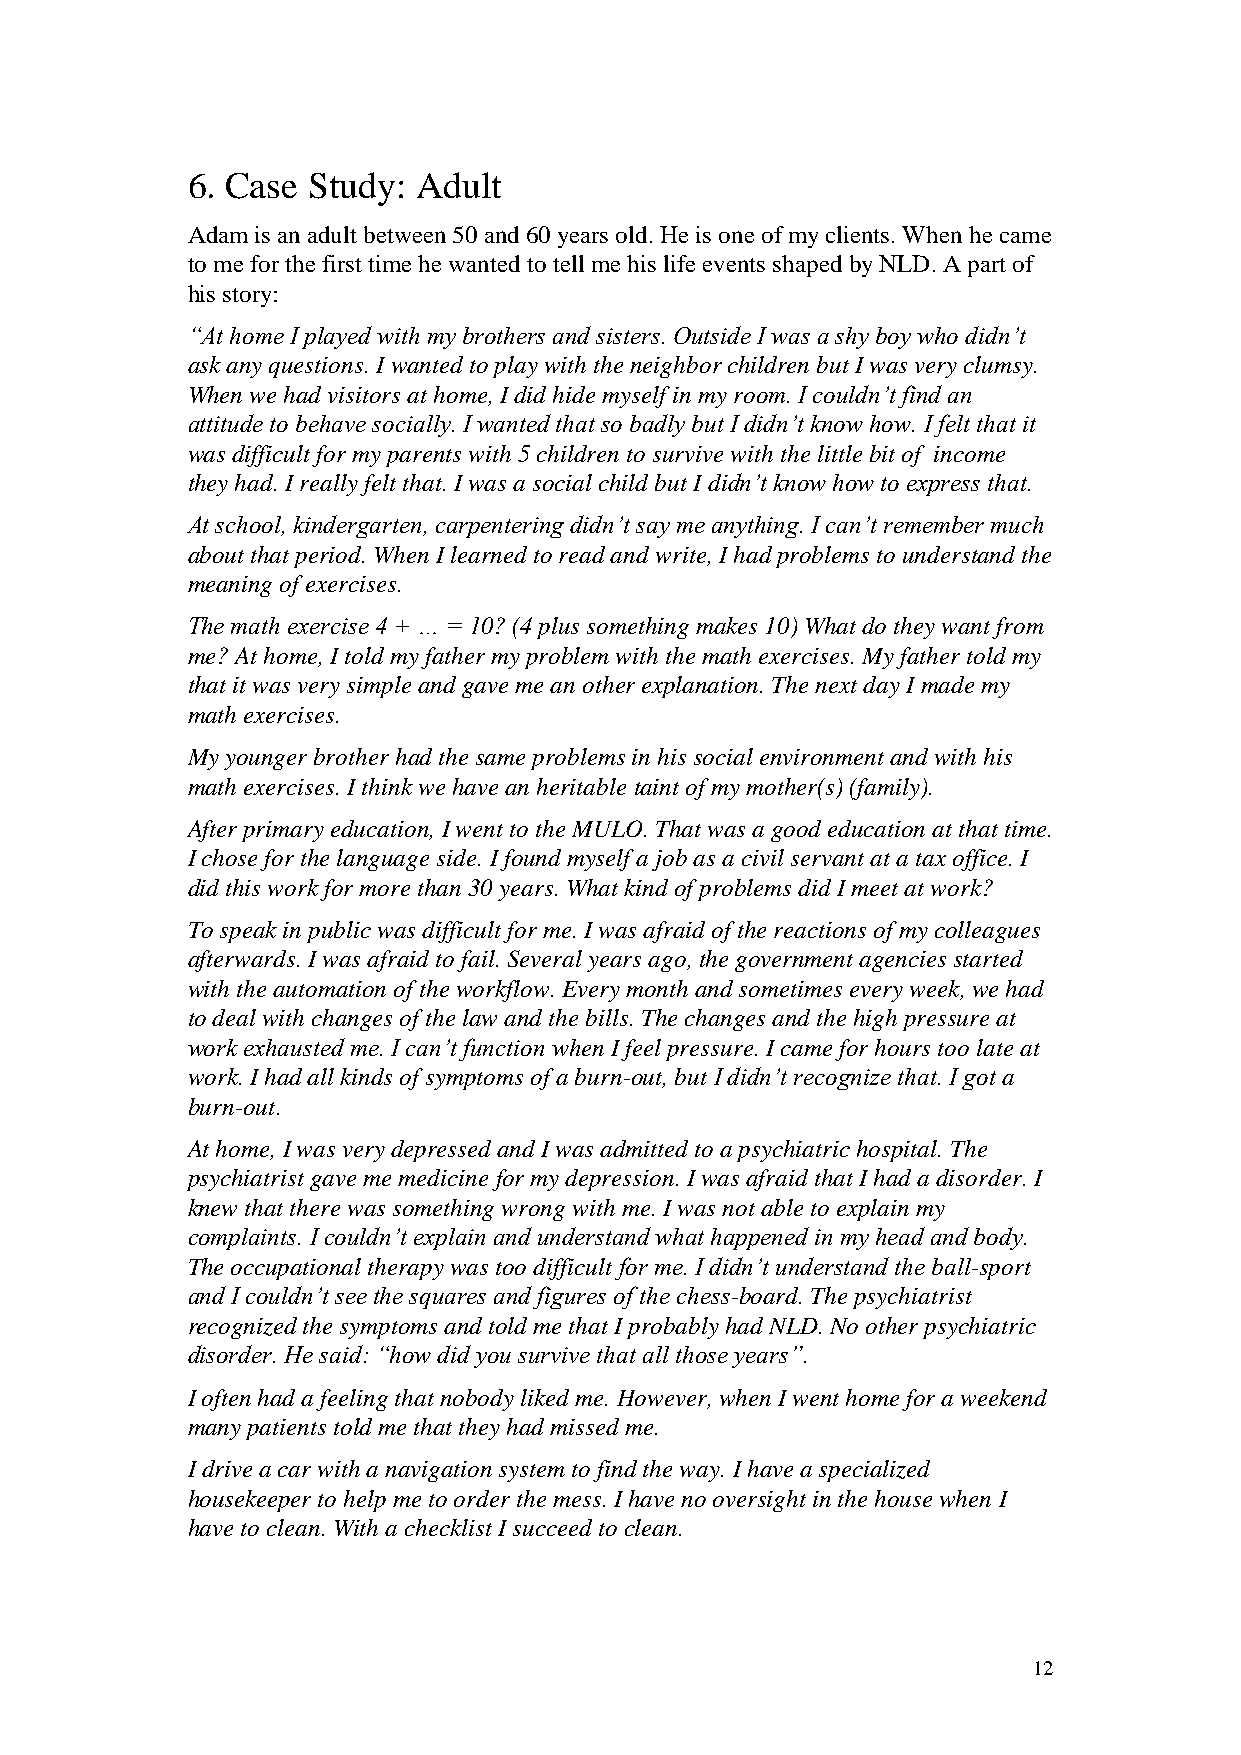
6. Case Study:  Adult
 Adam is an adult between 50 and 60 years old. He is one of my clients. When he came
 to me for the first time he wanted to tell me his life events shaped by NLD. A part of
 his story:
 “At home I played with my brothers and sisters. Outside I was a shy boy who didn’t
 ask any questions. I wanted to play with the neighbor children but I was very clumsy.
 When we had visitors at home, I did hide myself in my room. I couldn’t find an
 attitude to behave socially. I wanted that so badly but I didn’t know how. I felt that it
 was difficult for my parents with 5 children to survive with the little bit of income
 they had. I really felt that. I was a social child but I didn’t know how to express that.
 At school, kindergarten, carpentering didn’t say me anything. I can’t remember much
 about that period. When I learned to read and write, I had problems to understand the
 meaning of exercises.
 The math exercise 4 + … = 10? (4 plus something makes 10) What do they want from
 me? At home, I told my father my problem with the math exercises. My father told my
 that it was very simple and gave me an other explanation. The next day I made my
 math exercises.
 My younger brother had the same problems in his social environment and with his
 math exercises. I think we have an heritable taint of my mother(s) (family).
 After primary education, I went to the MULO. That was a good education at that time.
 I chose for the language side. I found myself a job as a civil servant at a tax office. I
 did this work for more than 30 years. What kind of problems did I meet at work?
 To speak in public was difficult for me. I was afraid of the reactions of my colleagues
 afterwards. I was afraid to fail. Several years ago, the government agencies started
 with the automation of the workflow. Every month and sometimes every week, we had
 to deal with changes of the law and the bills. The changes and the high pressure at
 work exhausted me. I can’t function when I feel pressure. I came for hours too late at
 work. I had all kinds of symptoms of a burn-out, but I didn’t recognize that. I got a
 burn-out.
 At home, I was very depressed and I was admitted to a psychiatric hospital. The
 psychiatrist gave me medicine for my depression. I was afraid that I had a disorder. I
 knew that there was something wrong with me. I was not able to explain my
 complaints. I couldn’t explain and understand what happened in my head and body.
 The occupational therapy was too difficult for me. I didn’t understand the ball-sport
 and I couldn’t see the squares and figures of the chess-board. The psychiatrist
 recognized the symptoms and told me that I probably had NLD. No other psychiatric
 disorder. He said: “how did you survive that all those years”.
 I often had a feeling that nobody liked me. However, when I went home for a weekend
 many patients told me that they had missed me.
 I drive a car with a navigation system to find the way. I have a specialized
 housekeeper to help me to order the mess. I have no oversight in the house when I
 have to clean. With a checklist I succeed to clean.
 12